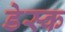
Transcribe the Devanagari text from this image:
डेस्‍क